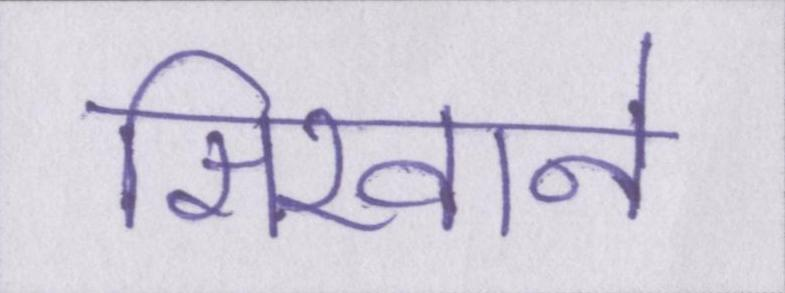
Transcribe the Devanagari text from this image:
सिखाने